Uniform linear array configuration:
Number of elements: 16
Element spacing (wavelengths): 1
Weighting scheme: uniform
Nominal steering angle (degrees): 30
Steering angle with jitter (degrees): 30.085
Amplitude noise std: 0.05
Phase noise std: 0.05

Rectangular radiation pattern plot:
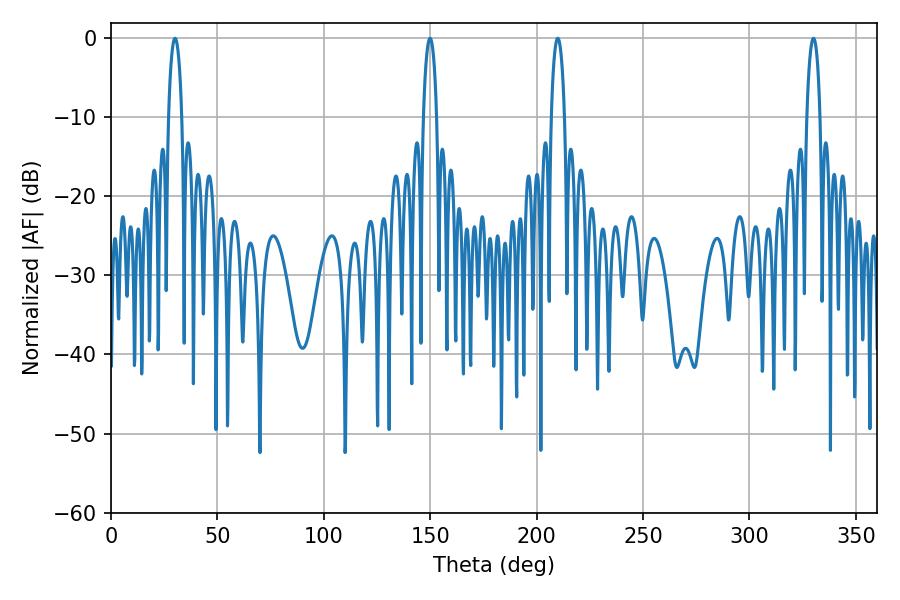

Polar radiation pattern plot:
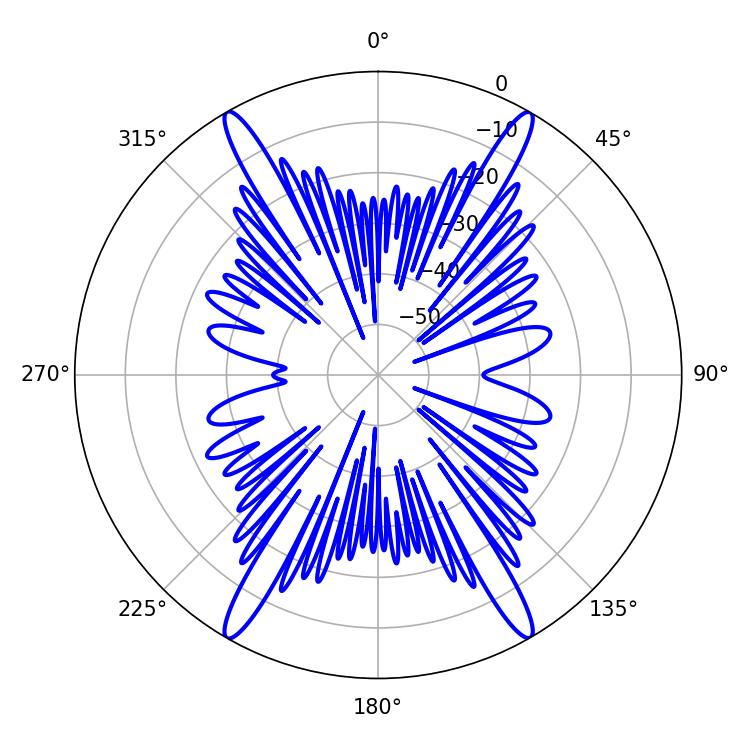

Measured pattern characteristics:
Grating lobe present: TRUE
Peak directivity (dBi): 33.064
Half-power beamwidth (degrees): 3.6
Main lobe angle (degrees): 30.06